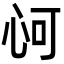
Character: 𢘟